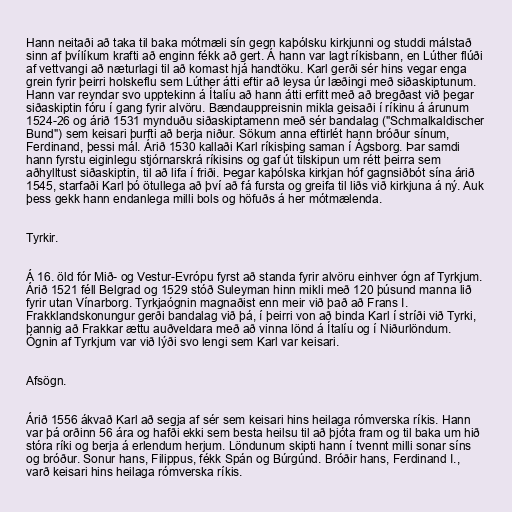
Hann neitaði að taka til baka mótmæli sín gegn kaþólsku kirkjunni og studdi málstað
sinn af þvílíkum krafti að enginn fékk að gert. Á hann var lagt ríkisbann, en Lúther flúði
af vettvangi að næturlagi til að komast hjá handtöku. Karl gerði sér hins vegar enga
grein fyrir þeirri holskeflu sem Lúther átti eftir að leysa úr læðingi með siðaskiptunum.
Hann var reyndar svo upptekinn á Ítalíu að hann átti erfitt með að bregðast við þegar
siðaskiptin fóru í gang fyrir alvöru. Bændauppreisnin mikla geisaði í ríkinu á árunum
1524-26 og árið 1531 mynduðu siðaskiptamenn með sér bandalag ("Schmalkaldischer
Bund") sem keisari þurfti að berja niður. Sökum anna eftirlét hann bróður sínum,
Ferdinand, þessi mál. Árið 1530 kallaði Karl ríkisþing saman í Ágsborg. Þar samdi
hann fyrstu eiginlegu stjórnarskrá ríkisins og gaf út tilskipun um rétt þeirra sem
aðhylltust siðaskiptin, til að lifa í friði. Þegar kaþólska kirkjan hóf gagnsiðbót sína árið
1545, starfaði Karl þó ötullega að því að fá fursta og greifa til liðs við kirkjuna á ný. Auk
þess gekk hann endanlega milli bols og höfuðs á her mótmælenda.

Tyrkir.

Á 16. öld fór Mið- og Vestur-Evrópu fyrst að standa fyrir alvöru einhver ógn af Tyrkjum.
Árið 1521 féll Belgrad og 1529 stóð Suleyman hinn mikli með 120 þúsund manna lið
fyrir utan Vínarborg. Tyrkjaógnin magnaðist enn meir við það að Frans I.
Frakklandskonungur gerði bandalag við þá, í þeirri von að binda Karl í stríði við Tyrki,
þannig að Frakkar ættu auðveldara með að vinna lönd á Ítalíu og í Niðurlöndum.
Ógnin af Tyrkjum var við lýði svo lengi sem Karl var keisari.

Afsögn.

Árið 1556 ákvað Karl að segja af sér sem keisari hins heilaga rómverska ríkis. Hann
var þá orðinn 56 ára og hafði ekki sem besta heilsu til að þjóta fram og til baka um hið
stóra ríki og berja á erlendum herjum. Löndunum skipti hann í tvennt milli sonar síns
og bróður. Sonur hans, Filippus, fékk Spán og Búrgúnd. Bróðir hans, Ferdinand I.,
varð keisari hins heilaga rómverska ríkis.